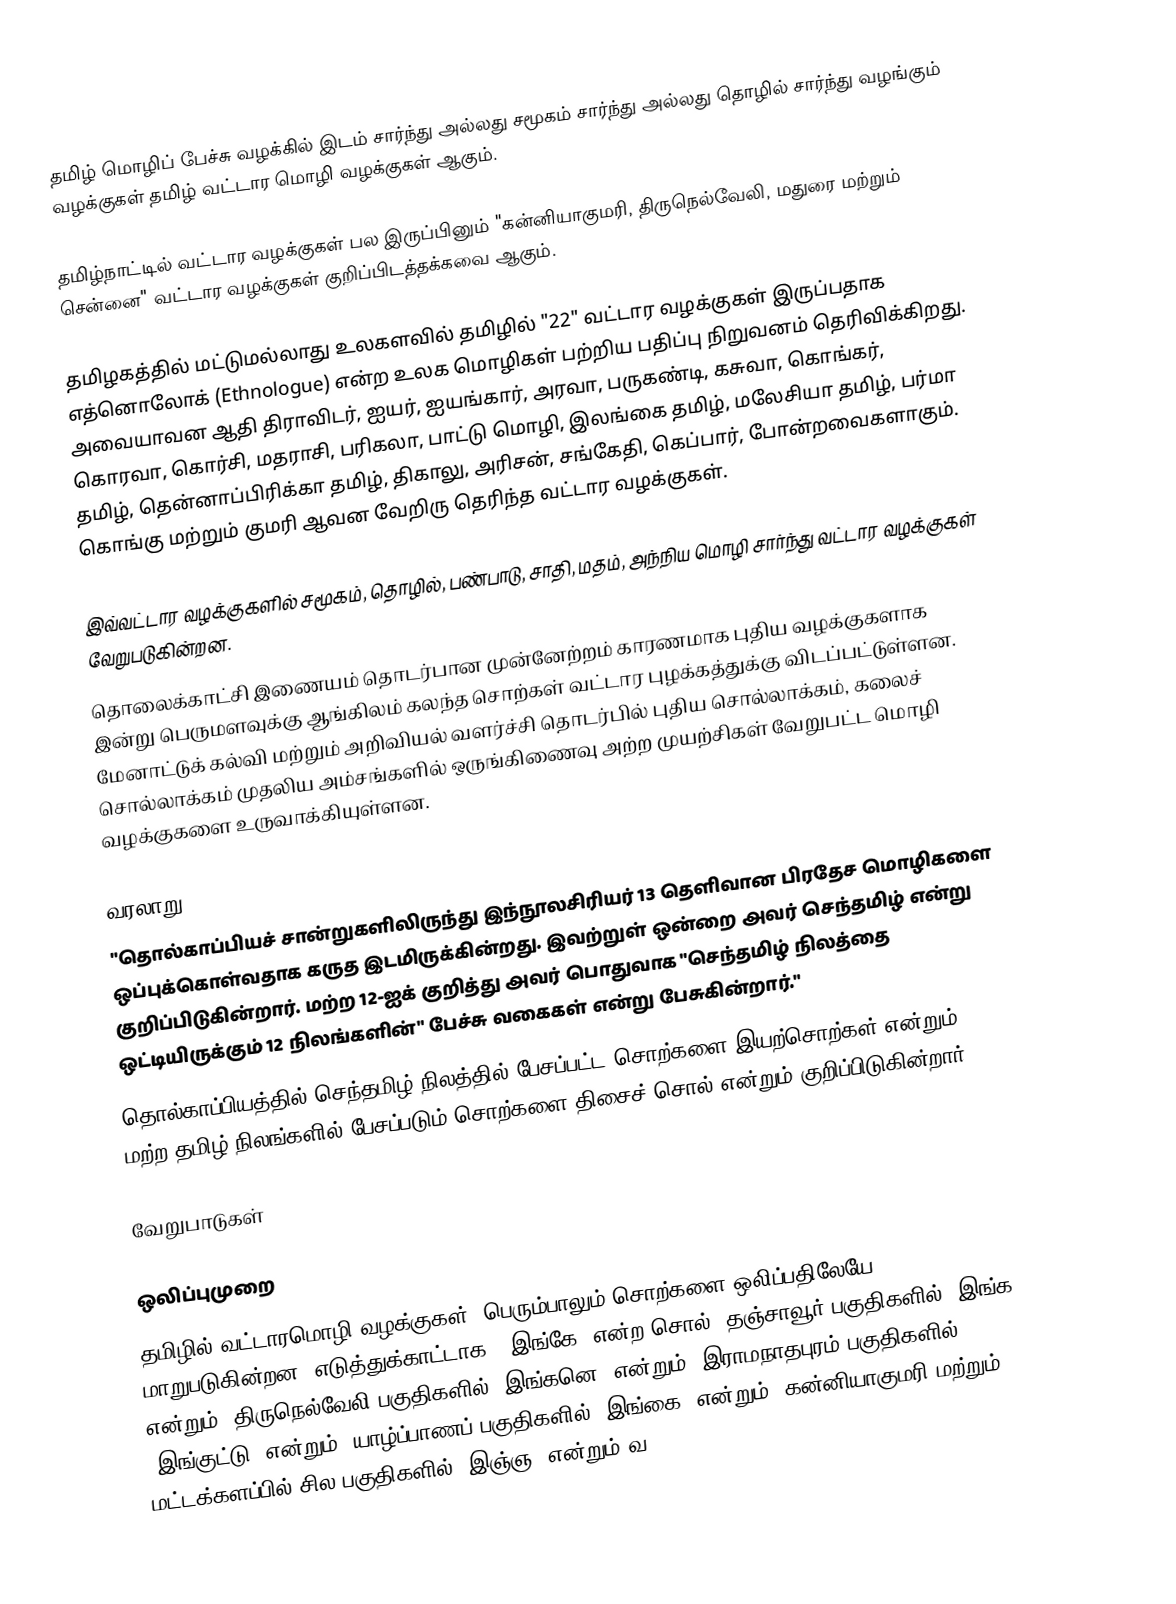
தமிழ் மொழிப் பேச்சு வழக்கில் இடம் சார்ந்து அல்லது சமூகம் சார்ந்து அல்லது தொழில் சார்ந்து வழங்கும் வழக்குகள் தமிழ் வட்டார மொழி வழக்குகள் ஆகும்.

தமிழ்நாட்டில் வட்டார வழக்குகள் பல இருப்பினும் "கன்னியாகுமரி, திருநெல்வேலி, மதுரை மற்றும் சென்னை" வட்டார வழக்குகள் குறிப்பிடத்தக்கவை ஆகும்.

தமிழகத்தில் மட்டுமல்லாது உலகளவில் தமிழில் "22" வட்டார வழக்குகள் இருப்பதாக எத்னொலோக் (Ethnologue) என்ற உலக மொழிகள் பற்றிய பதிப்பு நிறுவனம் தெரிவிக்கிறது. அவையாவன ஆதி திராவிடர், ஐயர், ஐயங்கார், அரவா, பருகண்டி, கசுவா, கொங்கர், கொரவா, கொர்சி, மதராசி, பரிகலா, பாட்டு மொழி, இலங்கை தமிழ், மலேசியா தமிழ், பர்மா தமிழ், தென்னாப்பிரிக்கா தமிழ், திகாலு, அரிசன், சங்கேதி, கெப்பார், போன்றவைகளாகும்.  கொங்கு மற்றும் குமரி ஆவன வேறிரு தெரிந்த வட்டார வழக்குகள்.

இவ்வட்டார வழக்குகளில் சமூகம், தொழில், பண்பாடு, சாதி, மதம், அந்நிய மொழி சார்ந்து வட்டார வழக்குகள் வேறுபடுகின்றன.
தொலைக்காட்சி இணையம் தொடர்பான முன்னேற்றம் காரணமாக புதிய வழக்குகளாக இன்று பெருமளவுக்கு ஆங்கிலம் கலந்த சொற்கள் வட்டார புழக்கத்துக்கு விடப்பட்டுள்ளன. மேனாட்டுக் கல்வி மற்றும் அறிவியல் வளர்ச்சி தொடர்பில் புதிய சொல்லாக்கம், கலைச் சொல்லாக்கம் முதலிய அம்சங்களில் ஒருங்கிணைவு அற்ற முயற்சிகள் வேறுபட்ட மொழி வழக்குகளை உருவாக்கியுள்ளன.

வரலாறு
 "தொல்காப்பியச் சான்றுகளிலிருந்து இந்நூலசிரியர் 13 தெளிவான பிரதேச மொழிகளை ஒப்புக்கொள்வதாக கருத இடமிருக்கின்றது. இவற்றுள் ஒன்றை அவர் செந்தமிழ் என்று குறிப்பிடுகின்றார். மற்ற 12-ஐக் குறித்து அவர் பொதுவாக "செந்தமிழ் நிலத்தை ஒட்டியிருக்கும் 12 நிலங்களின்" பேச்சு வகைகள் என்று பேசுகின்றார்."
 தொல்காப்பியத்தில் செந்தமிழ் நிலத்தில் பேசப்பட்ட சொற்களை இயற்சொற்கள் என்றும் 12 மற்ற தமிழ் நிலங்களில் பேசப்படும் சொற்களை திசைச் சொல் என்றும் குறிப்பிடுகின்றார்.

வேறுபாடுகள்

ஒலிப்புமுறை
தமிழில் வட்டாரமொழி வழக்குகள், பெரும்பாலும் சொற்களை ஒலிப்பதிலேயே மாறுபடுகின்றன. எடுத்துக்காட்டாக, "இங்கே" என்ற சொல், தஞ்சாவூர் பகுதிகளில் "இங்க" என்றும், திருநெல்வேலி பகுதிகளில் "இங்கனெ" என்றும், இராமநாதபுரம்  பகுதிகளில் "இங்குட்டு" என்றும், யாழ்ப்பாணப்  பகுதிகளில் "இங்கை" என்றும், கன்னியாகுமரி மற்றும் மட்டக்களப்பில் சில பகுதிகளில் "இஞ்ஞ" என்றும் வ